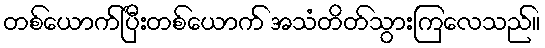
တစ်ယောက်ပြီးတစ်ယောက် အသံတိတ်သွားကြလေသည်။